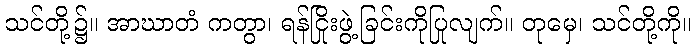
သင်တို့၌။ အာဃာတံ ကတွာ၊ ရန်ငြိုးဖွဲ့ခြင်းကိုပြုလျက်။ တုမှေ၊ သင်တို့ကို။